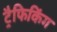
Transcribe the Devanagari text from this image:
ट्रैफिकिंग